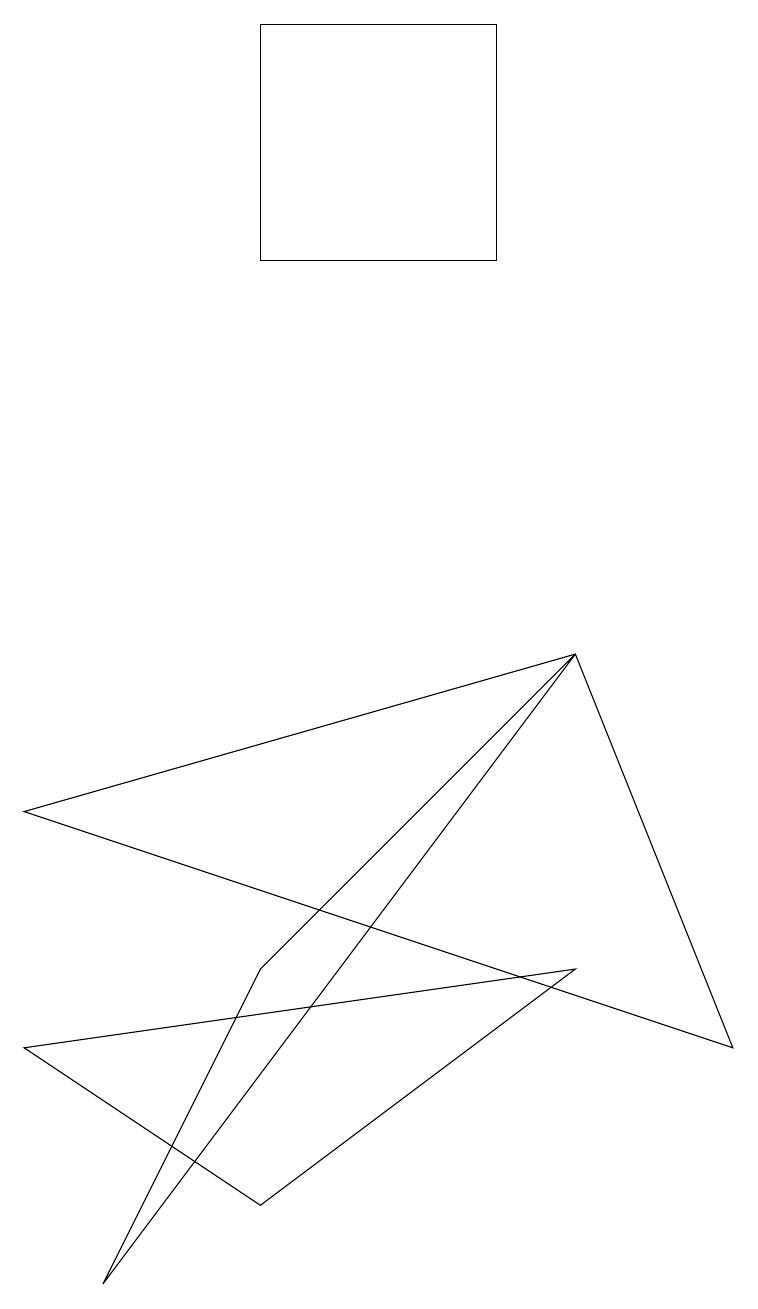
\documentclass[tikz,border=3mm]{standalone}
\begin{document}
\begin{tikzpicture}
\draw (3,16) rectangle (6,13);
\draw (7,4) -- (0,3) -- (3,1) -- cycle;
\draw (1,0) -- (3,4) -- (7,8) -- cycle;
\draw (7,8) -- (9,3) -- (0,6) -- cycle;
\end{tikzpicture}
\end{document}